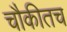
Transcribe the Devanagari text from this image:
चौकीतच